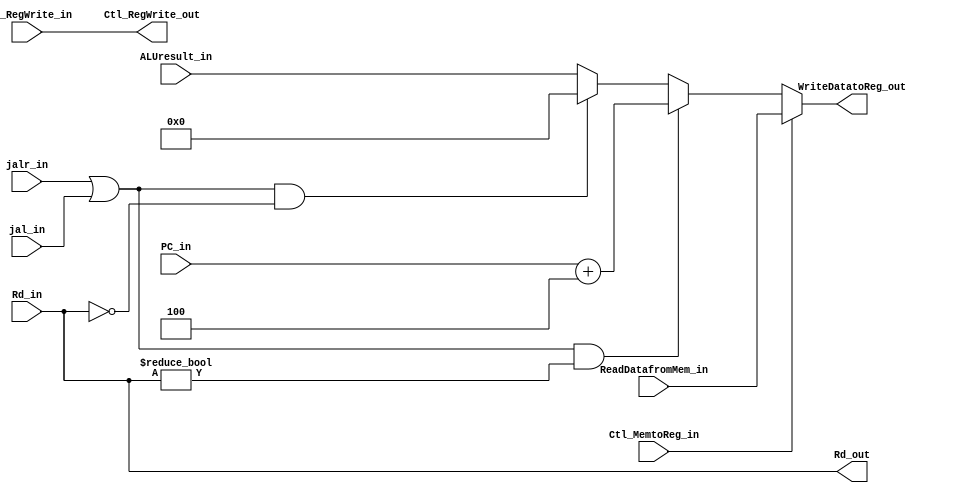
`timescale 1ns / 1ps
module WB(
	// control signal
	input 		Ctl_RegWrite_in, 	Ctl_MemtoReg_in,
	output reg 	Ctl_RegWrite_out, 
	//
	input					 jal_in, jalr_in,
	input			[31:0] PC_in,
	input 		[ 4:0] Rd_in,
	input 		[31:0] ReadDatafromMem_in, ALUresult_in,
	output reg 	[ 4:0] Rd_out,
	output reg 	[31:0] WriteDatatoReg_out
	);	

	always @(*) begin 
		Ctl_RegWrite_out <= Ctl_RegWrite_in;
		Rd_out <= Rd_in;
		
		if (Ctl_MemtoReg_in) WriteDatatoReg_out <= ReadDatafromMem_in;
		else if ((jalr_in || jal_in) && Rd_in != 0) WriteDatatoReg_out <= PC_in + 4;
		else if ((jalr_in || jal_in) && Rd_in == 0) WriteDatatoReg_out <= 0;
		else	WriteDatatoReg_out <= ALUresult_in;
	end 
endmodule